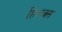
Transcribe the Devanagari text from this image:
हिलक्स